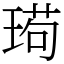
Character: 㻤